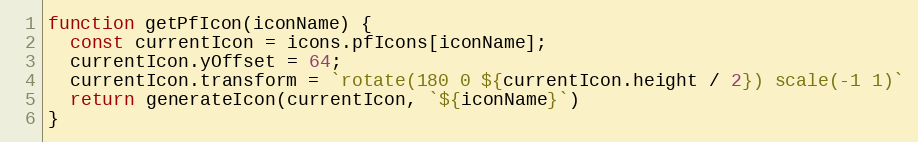
Language: JavaScript
function getPfIcon(iconName) {
  const currentIcon = icons.pfIcons[iconName];
  currentIcon.yOffset = 64;
  currentIcon.transform = `rotate(180 0 ${currentIcon.height / 2}) scale(-1 1)`
  return generateIcon(currentIcon, `${iconName}`)
}